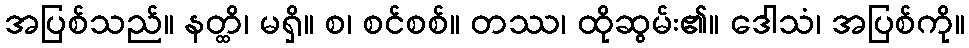
အပြစ်သည်။ နတ္ထိ၊ မရှိ။ စ၊ စင်စစ်။ တဿ၊ ထိုဆွမ်း၏။ ဒေါသံ၊ အပြစ်ကို။